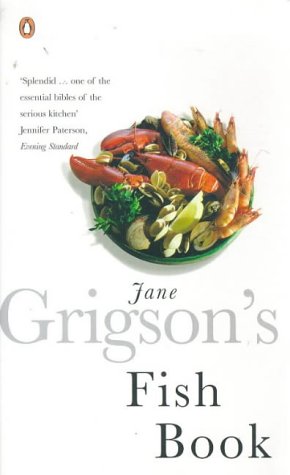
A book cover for Jane Grigsons Fish Book; Jane Grigson; Cookbooks, Food & Wine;